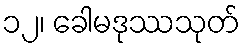
၁၂၊ ခေါမဒုဿသုတ်